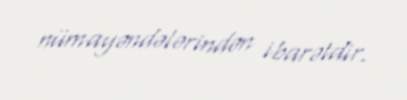
nümayəndələrindən ibarətdir.